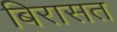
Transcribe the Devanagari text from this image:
बिरासत